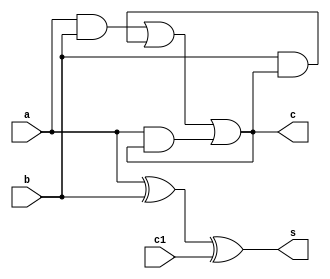
`timescale 1ns / 1ps


//full_adder using behavioral level
module full_add (output reg s,c, input a,b,c1);
always@(*)
begin
    s=a^b^c1;
    c=(a&b)|(b&c)|(a&c);
end
endmodule

//full_adder using gate level
/* module full_add(output s,co, input a,b,c);
    wire k,t1,t2;
    xor g1(k,a,b);
    xor g2(s,k,c);
    and g3(t1,a,b);
    and g4(t2,k,c);
    or g5(co,t2,t1);
endmodule  */


//full_adder using data flow level
/* module full_add(output s,co, input a,b,c);
    assign s=a^b^c;
    assign co=(a&b)|(b&c)|(a&c);
endmodule  */